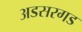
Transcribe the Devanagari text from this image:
अडसरगड